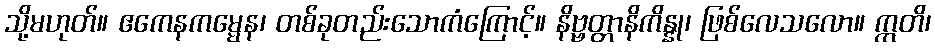
သို့မဟုတ်။ ဧကေနကမ္မေန၊ တစ်ခုတည်းသောကံကြောင့်။ နိဗ္ဗတ္တာနိကိန္နု၊ ဖြစ်လေသလော။ ဣတိ၊